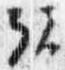
弘